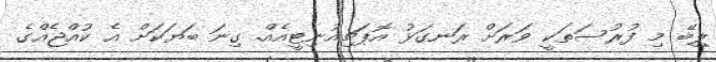
ލިބޭ މި ފުރުސަތަކީ ވަރަށް ރަނގަޅު އޮޕަޗިއުނިޓީއެއް. ގިނަ ބަޔަކަށް އެ ކުއްޖެއްގެ